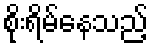
စိုးရိမ်နေသည့်